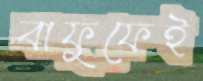
বাফুফেই